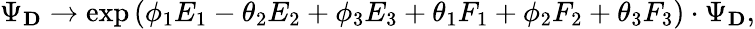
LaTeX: \Psi_{\mathbf D}\rightarrow\exp{(\phi_{1}E_{1}-\theta_{2}E_{2}+\phi_{3}E_{3}+\theta_{1}F_{1}+\phi_{2}F_{2}+\theta_{3}F_{3})}\cdot\Psi_{\mathbf D},